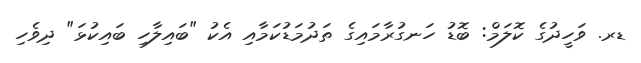
ޑރ. ވަހީދުގެ ކޮލަމް: ބޮޑު ހަނގުރާމައިގެ ތަދުމަޑުކަމާއި އެކު "ބައިލާހި ބައިކުޅަ" ދިވެހި